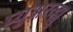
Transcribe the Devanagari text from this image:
प्युअरव्ह्यु